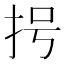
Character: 𢪶